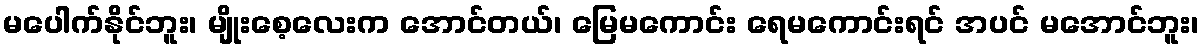
မပေါက်နိုင်ဘူး၊ မျိုးစေ့လေးက အောင်တယ်၊ မြေမကောင်း ရေမကောင်းရင် အပင် မအောင်ဘူး၊